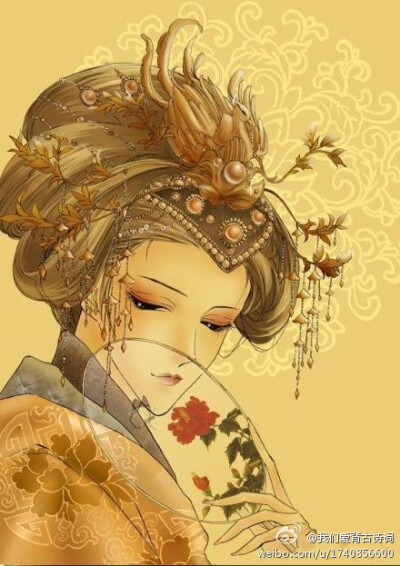
玉颜憔悴三年，谁复商量管弦。